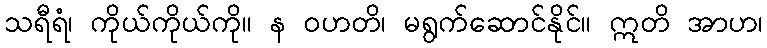
သရီရံ၊ ကိုယ်ကိုယ်ကို။ န ဝဟတိ၊ မရွက်ဆောင်နိုင်။ ဣတိ အာဟ၊